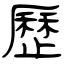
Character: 歷